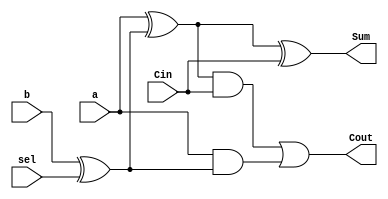
`timescale 1ns / 1ps
//////////////////////////////////////////////////////////////////////////////////
// Company: 
// Engineer: 
// 
// Design Name: 
// Module Name:    FullAdder_1_bit 
// Project Name: 
// Target Devices: 
// Tool versions: 
// Description: 
//
// Dependencies: 
//
// Revision: 
// Revision 0.01 - File Created
// Additional Comments: 
//
//////////////////////////////////////////////////////////////////////////////////
module FullAdder_1_bit(a, b, sel, Cin, Cout, Sum);
	input a, b, sel, Cin;
	output Sum, Cout;
	wire Xor1, Xor2, And1, And2;
	
	xor
		#(10) X1 (Xor1, b, sel),
		X2 (Xor2, a, Xor1),
		X3 (Sum, Xor2, Cin);
	
	and
		#(5) A1 (And1, Xor2, Cin),
		A2 (And2, a, Xor1);
	
	or #(5) O1(Cout, And1, And2);
endmodule